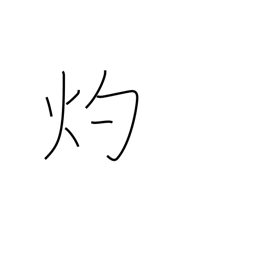
Meaning: miraculous